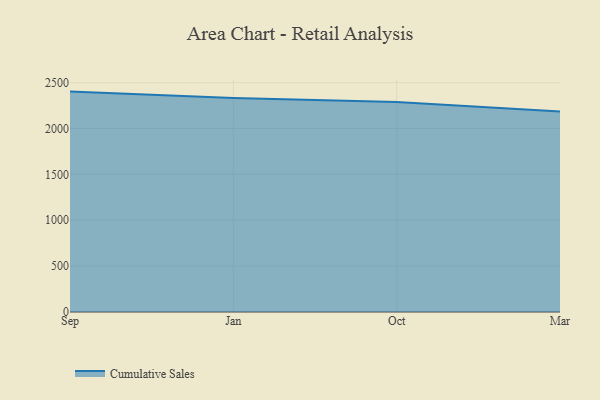
{"axis": {"x": "Month", "y": "Conversion Rate (%)"}, "legend": ["Cumulative Sales"], "data": [{"x": "Sep", "y": 2401.7, "type": "Cumulative Sales"}, {"x": "Jan", "y": 2331.8, "type": "Cumulative Sales"}, {"x": "Oct", "y": 2288.0, "type": "Cumulative Sales"}, {"x": "Mar", "y": 2183.8, "type": "Cumulative Sales"}]}